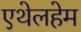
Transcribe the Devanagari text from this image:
एथेलहेम